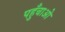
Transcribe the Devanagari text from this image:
पहुँचाओ